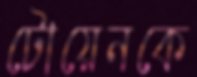
টোয়েনকে